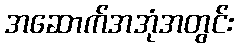
အဆောက်အအုံအတွင်း